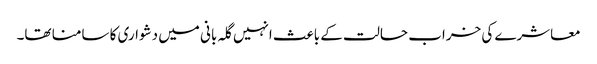
معاشرے کی خراب حالت کے باعث انہیں گلہ بانی میں دشواری کا سامنا تھا۔